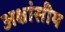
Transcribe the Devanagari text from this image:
अक्षांसीय